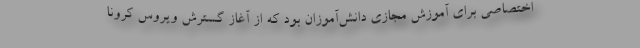
اختصاصی برای آموزش مجازی دانش‌آموزان بود که از آغاز گسترش ویروس کرونا